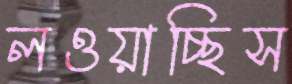
লওয়াচ্ছিস